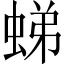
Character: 𧋘